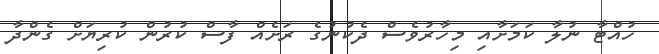
ހުއްޓާ ނުލާ ކަމަށާއި މިހާރުވެސް ދެކުނުގެ ރަށެއް ފާސް ކުރުން ކުރިޔަށް ގެންދާ